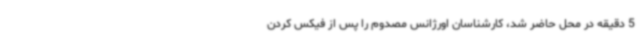
5 دقیقه در محل حاضر شد، کارشناسان اورژانس مصدوم را پس از فیکس کردن